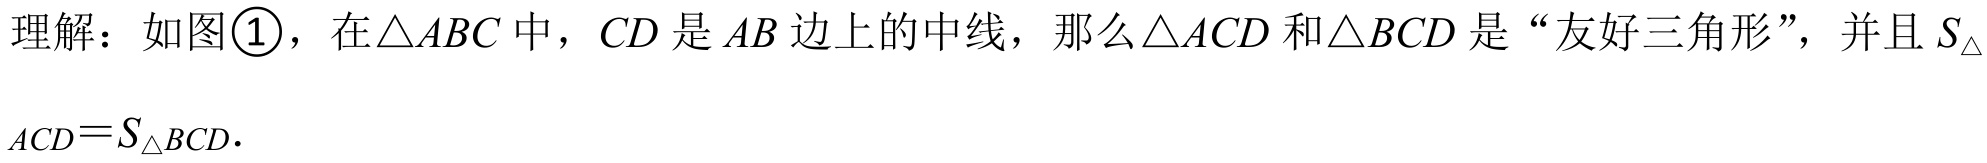
理解：如图\textcircled{1}，在$\triangle ABC$中，$CD$是$AB$边上的中线，那么$\triangle ACD$和$\triangle BCD$是“友好三角形”，并且$S_{\triangle ACD}=S_{\triangle BCD}.$